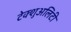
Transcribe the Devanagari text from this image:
टेक्शुअलिटी